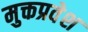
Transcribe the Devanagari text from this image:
मुक्तप्रवेश